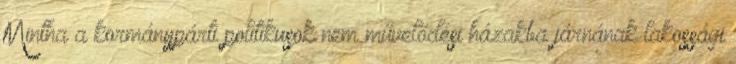
Mintha a kormánypárti politikusok nem műve­lődési házakba járnának lakossági